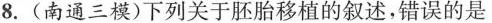
8.(南通三模)下列关于胚胎移植的叙述，错误的是